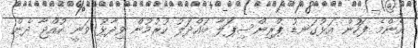
އެންމެ ފަހުން އަޅުގަނޑު ޕްރިންސިޕަލާ ބައްދަލު ކުރުމުން ވިދާޅު ވަނީ ކުއްޖާ ދެން